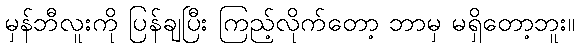
မှန်ဘီလူးကို ပြန်ချပြီး ကြည့်လိုက်တော့ ဘာမှ မရှိတော့ဘူး။